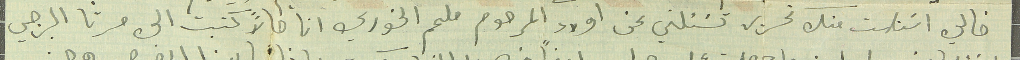
خالي استلمت منك تحرير تسَئلني عن اولاد المرحوم ملحم الخوري انا حالاً كتبت الى مرتا البرجي